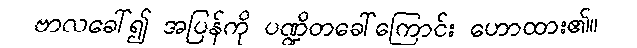
ဗာလခေါ်၍ အပြန်ကို ပဏ္ဍိတခေါ်ကြောင်း ဟောထား၏။